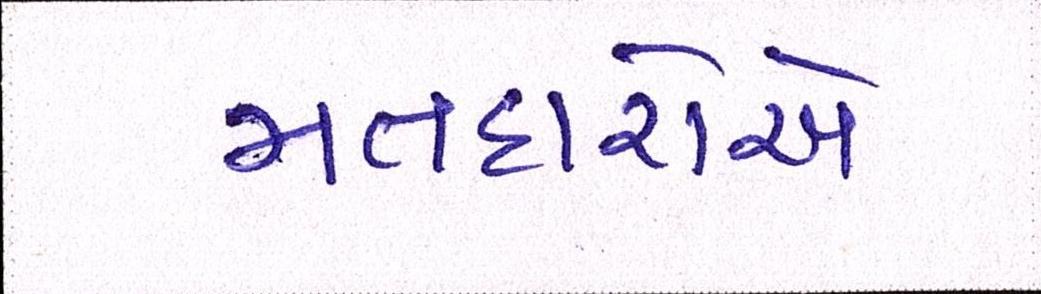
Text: મતદારોએ